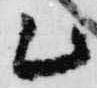
乙